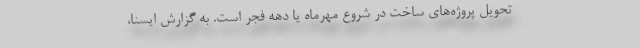
تحویل پروژه‌های ساخت در شروع مهرماه یا دهه فجر است. به گزارش ایسنا،